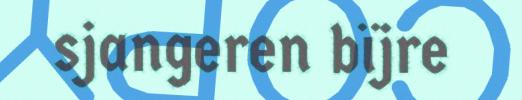
sjangeren bïjre